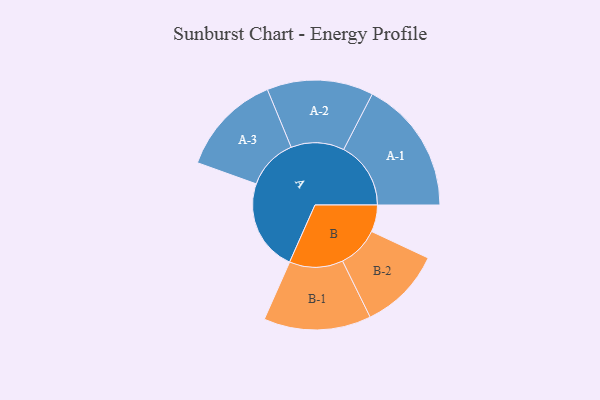
{"axis": {"x": "Segment", "y": "Value"}, "legend": ["", "A", "B"], "data": [{"x": "A", "y": 397, "type": ""}, {"x": "B", "y": 116, "type": ""}, {"x": "A-1", "y": 290, "type": "A"}, {"x": "A-2", "y": 230, "type": "A"}, {"x": "A-3", "y": 221, "type": "A"}, {"x": "B-1", "y": 232, "type": "B"}, {"x": "B-2", "y": 179, "type": "B"}]}